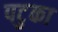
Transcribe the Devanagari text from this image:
पटुका